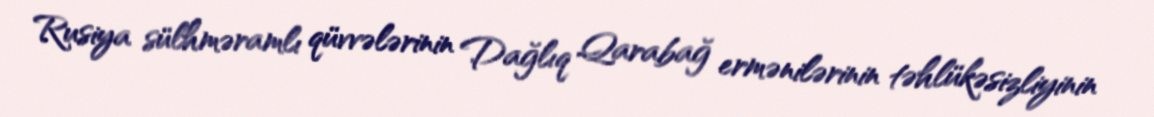
Rusiya sülhməramlı qüvvələrinin Dağlıq Qarabağ ermənilərinin təhlükəsizliyinin